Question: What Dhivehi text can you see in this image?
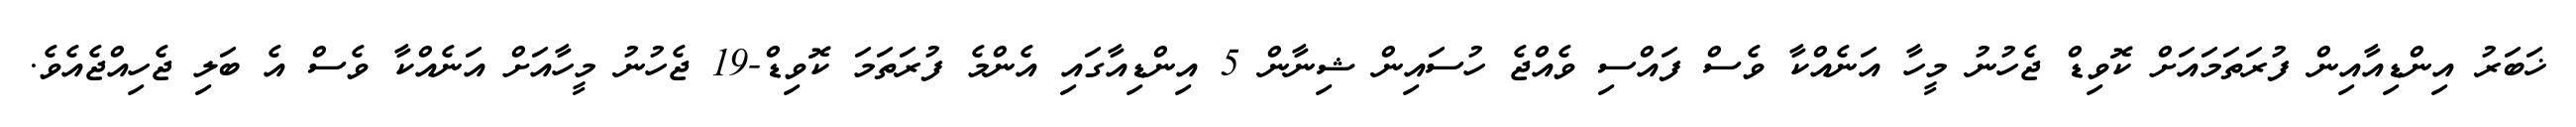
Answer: ޚަބަރު އިންޑިއާއިން ފުރަތަމައަށް ކޮވިޑް ޖެހުނު މީހާ އަނެއްކާ ވެސް ފައްސި ވެއްޖެ ހުސައިން ޝިނާން 5 އިންޑިއާގައި އެންމެ ފުރަތަމަ ކޮވިޑް-19 ޖެހުނު މީހާއަށް އަނެއްކާ ވެސް އެ ބަލި ޖެހިއްޖެއެވެ.